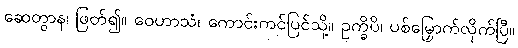
ဆေတွာန၊ ဖြတ်၍။ ဝေဟာသံ၊ ကောင်းကင်ပြင်သို့။ ဥက္ခိပိ၊ ပစ်မြှောက်လိုက်ပြီ။